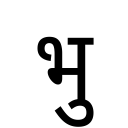
OCR:
भु